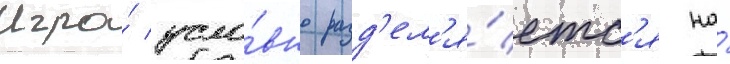
Игра́ усло́вно разд'ел'я́етс'я на́